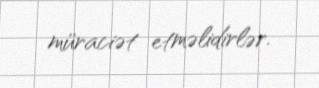
müraciət etməlidirlər.